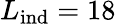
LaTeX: L_{\mathrm{ind}}=18